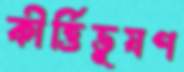
কীর্ত্তিভূষণ